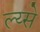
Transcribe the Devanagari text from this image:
ल्य्से